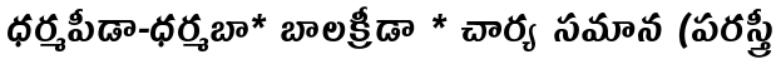
ధర్మపీడా-ధర్మబా* బాలక్రీడా * చార్య సమాన (పరస్త్రీ